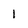
Character: l